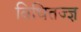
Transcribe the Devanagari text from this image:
विधितज्‍ज्ञ